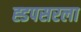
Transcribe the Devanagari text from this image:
ह्डपसरला